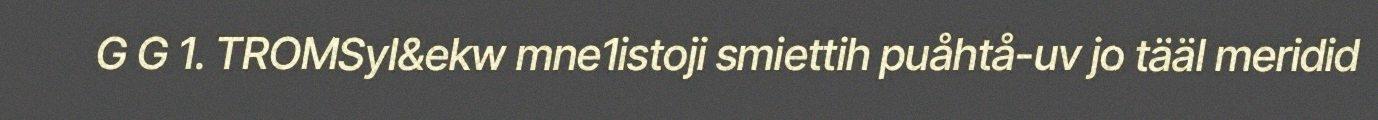
G G 1. TROMSyI&ekw mne1istoji smiettih puåhtå-uv jo tääl meridid